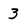
Character: 3